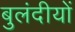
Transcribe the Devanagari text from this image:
बुलंदीयों